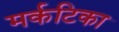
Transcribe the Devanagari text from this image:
मर्कटिका